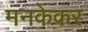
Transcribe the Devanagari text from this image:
मनकेकर